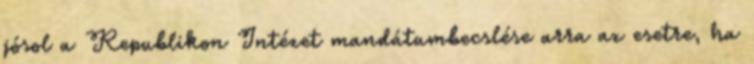
jósol a Republikon Intézet mandátumbecslése arra az esetre, ha